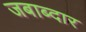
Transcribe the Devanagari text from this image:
जबाब्दार